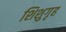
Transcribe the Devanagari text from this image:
शिशुगृह